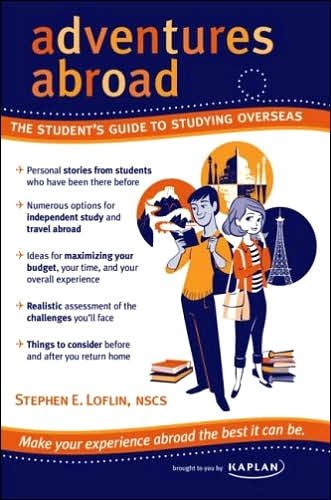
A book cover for Adventures Abroad: The Student's Guide to Studying Overseas; Kaplan; Travel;